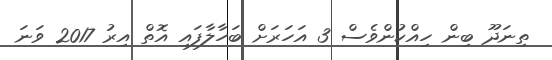
ތިނަދޫ ބިން ހިއްކުންވެސް 3 އަހަރަށް ބަހާލާފައި އޮތް އިރު 2017 ވަނަ